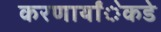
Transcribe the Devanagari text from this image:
करणार्यांेकडेे